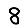
Digit: 8